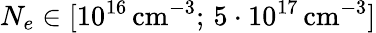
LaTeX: N_{e}\in[10^{16}\, \textrm{cm}^{-3};\, 5\cdot 10^{17}\, \textrm{cm}^{-3}]